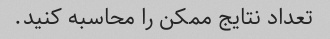
تعداد نتایج ممکن را محاسبه کنید.